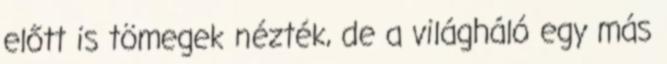
előtt is tömegek nézték, de a világháló egy más